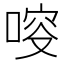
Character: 𠷃